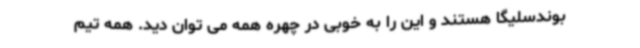
بوندسلیگا هستند و این را به خوبی در چهره همه می توان دید. همه تیم